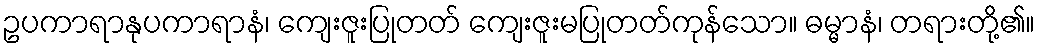
ဥပကာရာနုပကာရာနံ၊ ကျေးဇူးပြုတတ် ကျေးဇူးမပြုတတ်ကုန်သော။ ဓမ္မာနံ၊ တရားတို့၏။